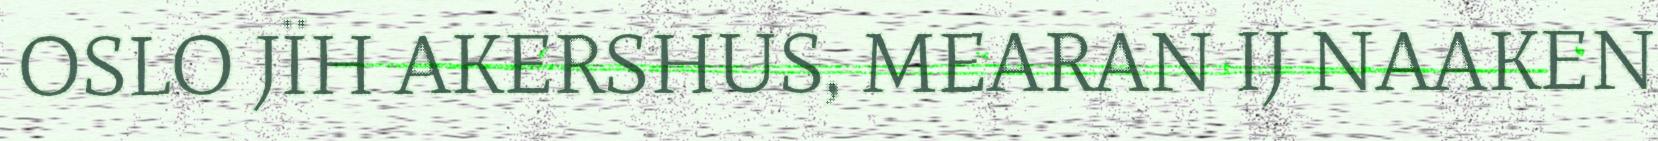
OSLO JÏH AKERSHUS, MEARAN IJ NAAKEN